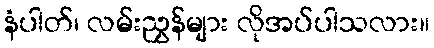
နံပါတ်၊ လမ်းညွှန်များ လိုအပ်ပါသလား။